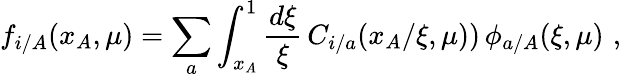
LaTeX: f_{i/A}(x_{A},\mu)=\sum_{a}\int_{x_{A}}^{1}\frac{d\xi}{\xi}\, C_{i/a}(x_{A}/\xi,\mu))\, \phi_{a/A}(\xi,\mu)\, \, ,